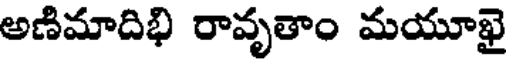
అణిమాదిభి రావృతాం మయూఖై